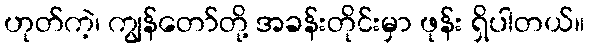
ဟုတ်ကဲ့၊ ကျွန်တော်တို့ အခန်းတိုင်းမှာ ဖုန်း ရှိပါတယ်။